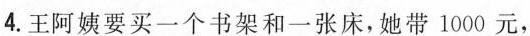
4.王阿姨要买一个书架和一张床，她带1000元，